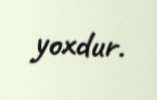
yoxdur.